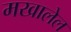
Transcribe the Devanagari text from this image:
मखालेल